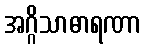
အဂ္ဂိသာဓာရဏာ